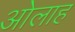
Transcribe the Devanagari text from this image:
ओलाह